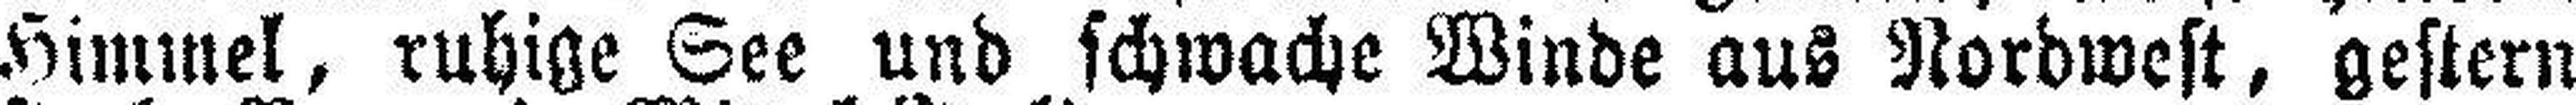
Himmel, ruhige See und schwache Winde aus Nordwest, gestern